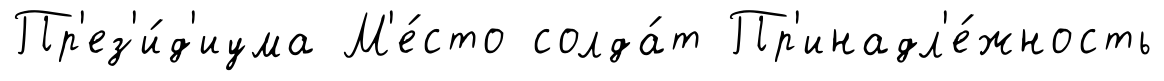
Пр'ез'и́д'иума М'е́сто солда́т Пр'инадл'е́жность